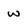
Character: w